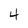
Character: 4